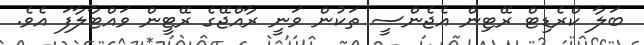
ބަލާ ކްރެޑިޓް ރޭޓިން އެޖެންސީ ތަކުން ވަނީ ރާއްޖޭގެ ރޭޓީން ވައްޓާލާފަ އެވެ.